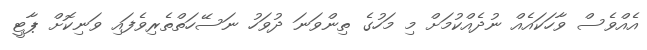
އެއްވެސް ވާހަކައެއް ނުދެއްކުމަށް މި މަހުގެ ތިންވަނަ ދުވަހު ނަސޭހަތްތެރިވެފައި ވަނިކޮށް ޕާޓީ